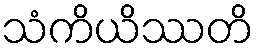
သံကိယိဿတိ